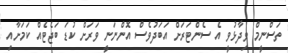
ތަސްނީމް ވިދާޅުވީ އެ ސެންޓަރަށް އަބަދުވެސް އޮންނަނީ ވަރަށް ކުޑަ ބަޖެޓެއް ކަމަށާއި